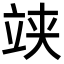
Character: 𥩺